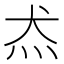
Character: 𱪬